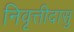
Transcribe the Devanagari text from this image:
निवृत्तीदासु